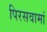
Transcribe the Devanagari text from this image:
पिरसवामां